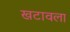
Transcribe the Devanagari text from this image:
खटावला